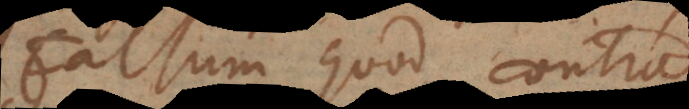
Falsum quod contra.